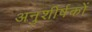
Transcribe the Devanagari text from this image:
अनुशीर्षकों